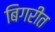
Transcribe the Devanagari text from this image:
बिगरीत